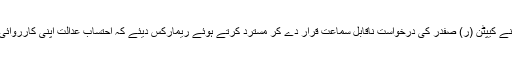
بعدازاں عدالت نے کیپٹن (ر) صفدر کی درخواست ناقابل سماعت قرار دے کر مسترد کرتے ہوئے ریمارکس دیئے کہ احتساب عدالت اپنی کارروائی جاری رکھے۔